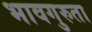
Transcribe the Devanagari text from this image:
भावगुरुता